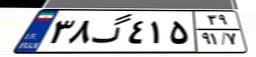
۳۸گ۴۱۵۳۹